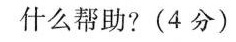
什么帮助?(4分）